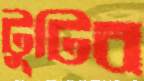
টুটিব